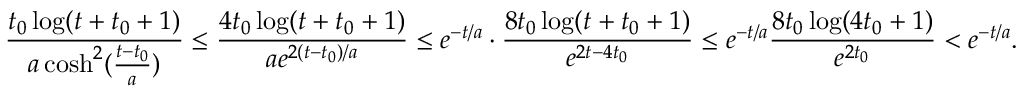
\frac { t _ { 0 } \log ( t + t _ { 0 } + 1 ) } { a \cosh ^ { 2 } ( \frac { t - t _ { 0 } } { a } ) } \le \frac { 4 t _ { 0 } \log ( t + t _ { 0 } + 1 ) } { a e ^ { 2 ( t - t _ { 0 } ) / a } } \le e ^ { - t / a } \cdot \frac { 8 t _ { 0 } \log ( t + t _ { 0 } + 1 ) } { e ^ { 2 t - 4 t _ { 0 } } } \le e ^ { - t / a } \frac { 8 t _ { 0 } \log ( 4 t _ { 0 } + 1 ) } { e ^ { 2 t _ { 0 } } } < e ^ { - t / a } .